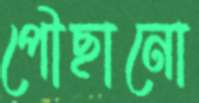
পৌছানো